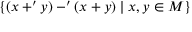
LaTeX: \{ ( x + ^ { \prime } y ) - ^ { \prime } ( x + y ) \mid x , y \in M \}